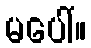
မပေါ်။